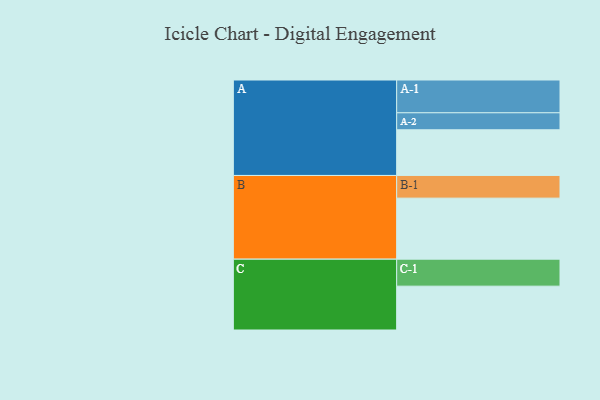
{"axis": {"x": "Segment", "y": "Value"}, "legend": ["", "A", "B", "C"], "data": [{"x": "A", "y": 393, "type": ""}, {"x": "B", "y": 525, "type": ""}, {"x": "C", "y": 377, "type": ""}, {"x": "A-1", "y": 282, "type": "A"}, {"x": "A-2", "y": 146, "type": "A"}, {"x": "B-1", "y": 195, "type": "B"}, {"x": "C-1", "y": 232, "type": "C"}]}